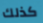
كذلك